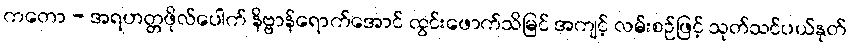
ကတော - အရဟတ္တဖိုလ်ပေါက် နိဗ္ဗာန်ရောက်အောင် ထွင်းဖောက်သိမြင် အကျင့် လမ်းစဉ်ဖြင့် သုတ်သင်ပယ်နုတ်